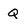
Character: Q